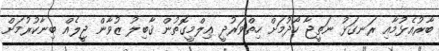
ބާރުއެޅުމާއި ރަނގަޅު ނަތީޖާ ހޯދުމަށް ހިތްވަރުދީ ޢިލްމީގޮތުން ޤާބިލު ޒުވާން ޖީލެއް ބިނާކުރުމަށް